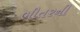
ભીતરની